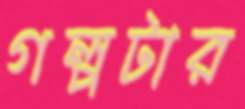
গল্পটার